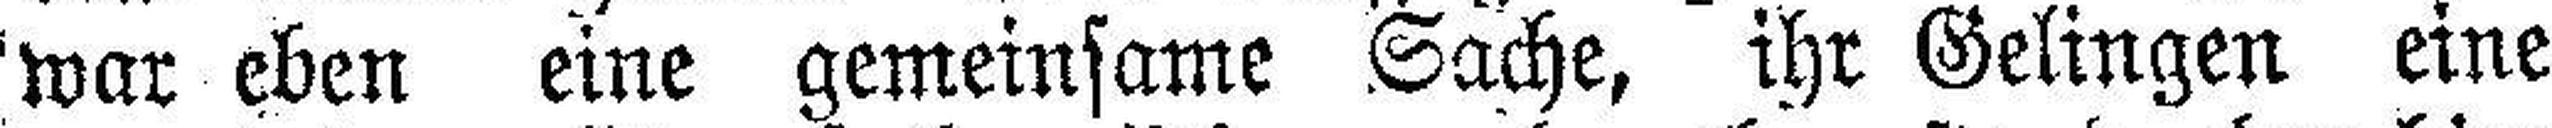
war eben eine gemeinsame Sache, ihr Gelingen eine